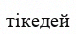
тікедей